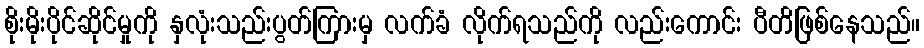
စိုးမိုးပိုင်ဆိုင်မှုကို နှလုံးသည်းပွတ်ကြားမှ လက်ခံ လိုက်ရသည်ကို လည်းကောင်း ပီတိဖြစ်နေသည်။